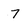
Character: 7